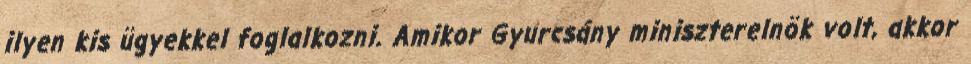
ilyen kis ügyekkel foglalkozni. Amikor Gyurcsány miniszterelnök volt, akkor